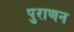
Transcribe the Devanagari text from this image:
पुराणन